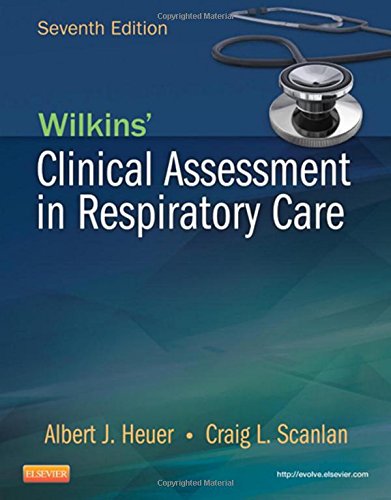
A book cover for Wilkins' Clinical Assessment in Respiratory Care, 7e; Al Heuer PhD  MBA  RRT  RPFT; Medical Books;